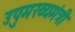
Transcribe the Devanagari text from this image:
उपुमख्यमंत्री